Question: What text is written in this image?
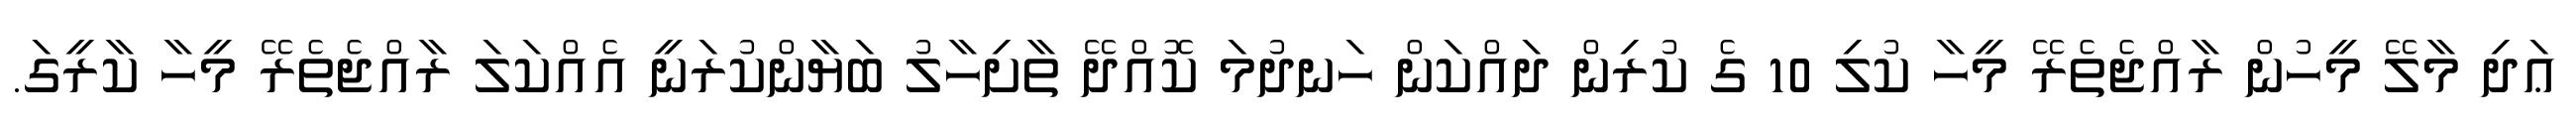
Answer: ޢަދި މާލޭ މީހުން ރާއްޖެތެރޭ މީހާ ކުލި 10 ގެ ކުރިން ދައްކަން ހަނދުމަ ކޮއްދޭ ތާށިހާލު ބަޔާންކުރަނީ އެއްކަލަ ރާއްޖެތެރޭ މީހާ ކާރީގަ.